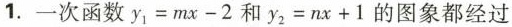
1.一次函数$$y _ { 1 } = m x - 2$$和$$y _ { 2 } = n x + 1$$的图象都经过